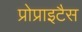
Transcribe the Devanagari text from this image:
प्रोप्राइटैस